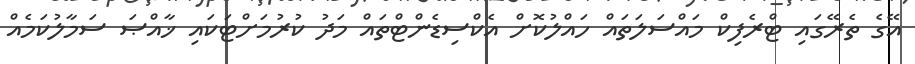
އޭގެ ތެރޭގައި ޓްރެފިކް މައްސަލަތައް ހައްލުކޮށް އެކްސިޑެންޓްތައް މަދު ކުރުމަށްޓަކައި ޚާއްޞަ ސަމާލުކަމެއް